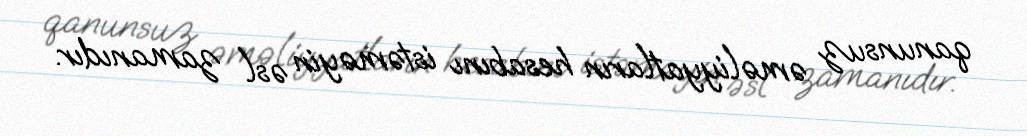
qanunsuz əməliyyatların hesabını istəməyin əsl zamanıdır.